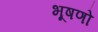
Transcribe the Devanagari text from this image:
भूषणो